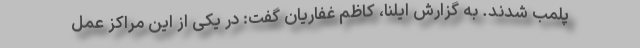
پلمب شدند. به گزارش ایلنا، کاظم غفاریان گفت: در یکی از این مراکز عمل